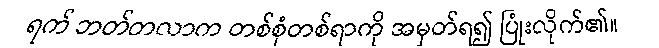
ရက် ဘတ်တလာက တစ်စုံတစ်ရာကို အမှတ်ရ၍ ပြုံးလိုက်၏။